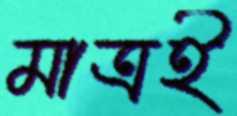
মাত্রই